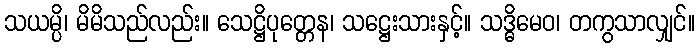
သယမ္ပိ၊ မိမိသည်လည်း။ သေဋ္ဌိပုတ္တေန၊ သဋ္ဌေးသားနှင့်။ သဒ္ဓိမေဝ၊ တကွသာလျှင်။